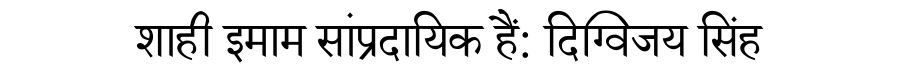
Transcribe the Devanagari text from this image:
शाही इमाम सांप्रदायिक हैं: दिग्विजय सिंह